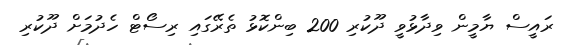
ރައީސް ޔާމީން ވިދާޅުވީ ދޫކުރި 200 ބިންކޮޅު ތެރޭގައި ރިސޯޓް ހެދުމަށް ދޫކުރި